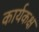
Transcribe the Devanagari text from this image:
कार्यकक्ष